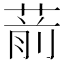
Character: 葥